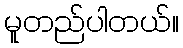
မူတည်ပါတယ်။